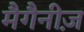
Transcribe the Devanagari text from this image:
मैगैनीज़